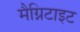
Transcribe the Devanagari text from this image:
मैग्निटाइट